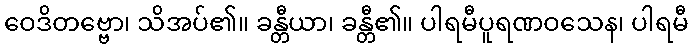
ဝေဒိတဗ္ဗော၊ သိအပ်၏။ ခန္တီယာ၊ ခန္တီ၏။ ပါရမီပူရဏဝသေန၊ ပါရမီ